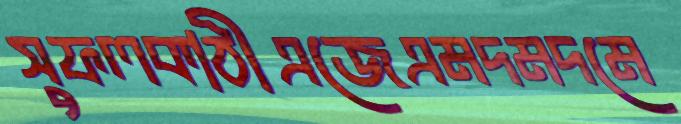
সুফলকাঠীএজেএমদমদমে